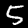
Digit: 5